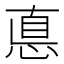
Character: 悳